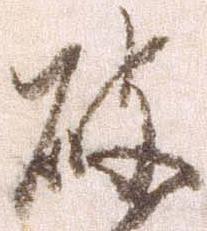
破